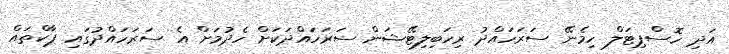
އަދި ހޮސްޕިޓަލް ހިމެނޭ ސަރަހައްދު ރިހަބިލިޓޭޝަން ސަރަހައްދަކަށް ހެދުމަށް އެ ސަރަހައްދުގައި ޕާކްތައް